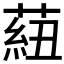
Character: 𦶆